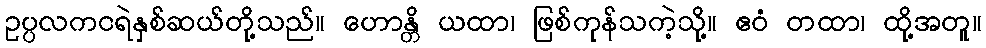
ဥပ္ပလကငရဲနှစ်ဆယ်တို့သည်။ ဟောန္တိ ယထာ၊ ဖြစ်ကုန်သကဲ့သို့။ ဧဝံ တထာ၊ ထို့အတူ။